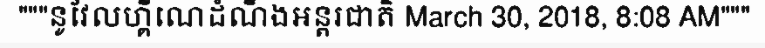
"""នូវែលហ្គីណេដំណឹងអន្តរជាតិ March 30, 2018, 8:08 AM"""